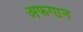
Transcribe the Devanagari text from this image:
अफगा़न